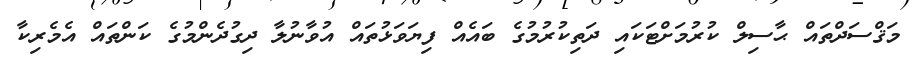
މަޤްސަދްތައް ޙާސިލް ކުރުމަށްޓަކައި ދަތިކުރުމުގެ ބައެއް ފިޔަވަޅުތައް އުވާނުލާ ދިގުދެންމުގެ ކަންތައް އެމެރިކާ